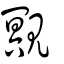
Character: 覭